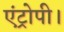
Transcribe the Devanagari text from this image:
एंट्रोपी।